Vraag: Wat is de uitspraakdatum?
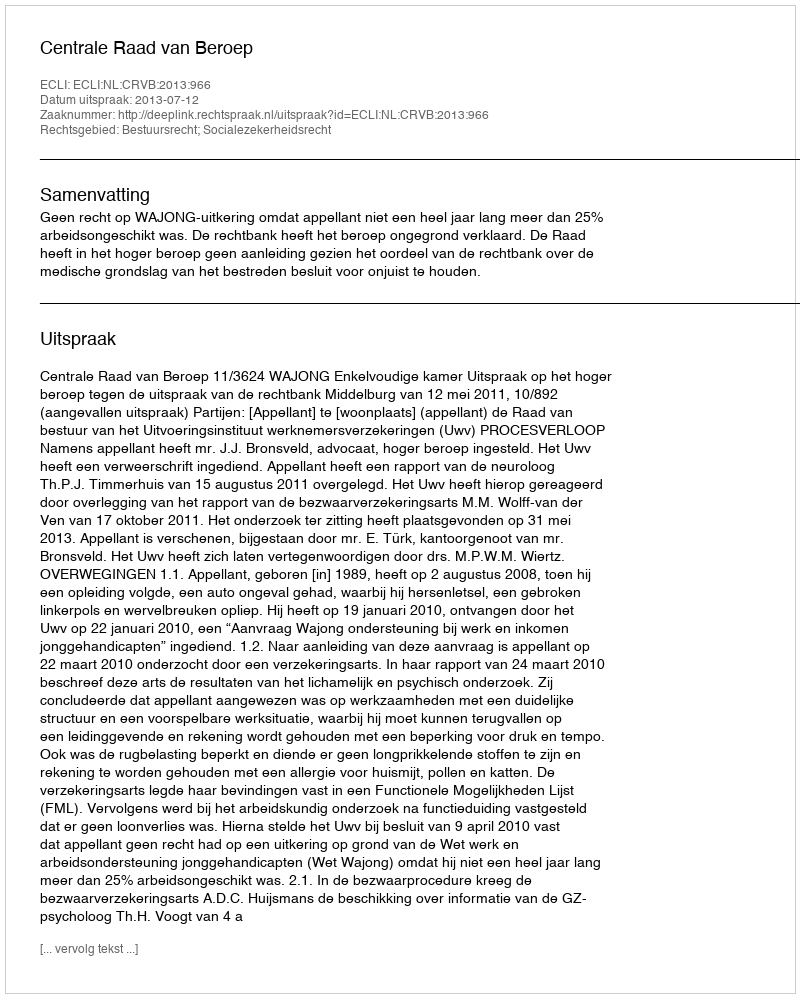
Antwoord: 2013-07-12